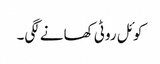
کوئل روٹی کھانے لگی۔